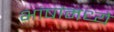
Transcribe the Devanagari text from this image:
भांषांमध्ये